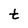
Character: t